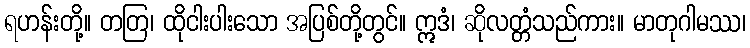
ရဟန်းတို့။ တတြ၊ ထိုငါးပါးသော အပြစ်တို့တွင်။ ဣဒံ၊ ဆိုလတ္တံသည်ကား။ မာတုဂါမဿ၊